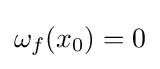
\omega _{f}(x_{0})=0